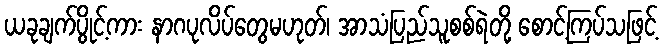
ယခုချက်ပွိုင့်ကား နာဂပုလိပ်တွေမဟုတ်၊ အာသံပြည်သူစစ်ရဲတို့ စောင့်ကြပ်သဖြင့်